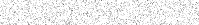
١٧٦